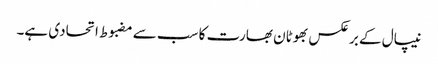
نیپال کے برعکس بھوٹان بھارت کا سب سے مضبوط اتحادی ہے۔